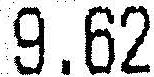
9.62